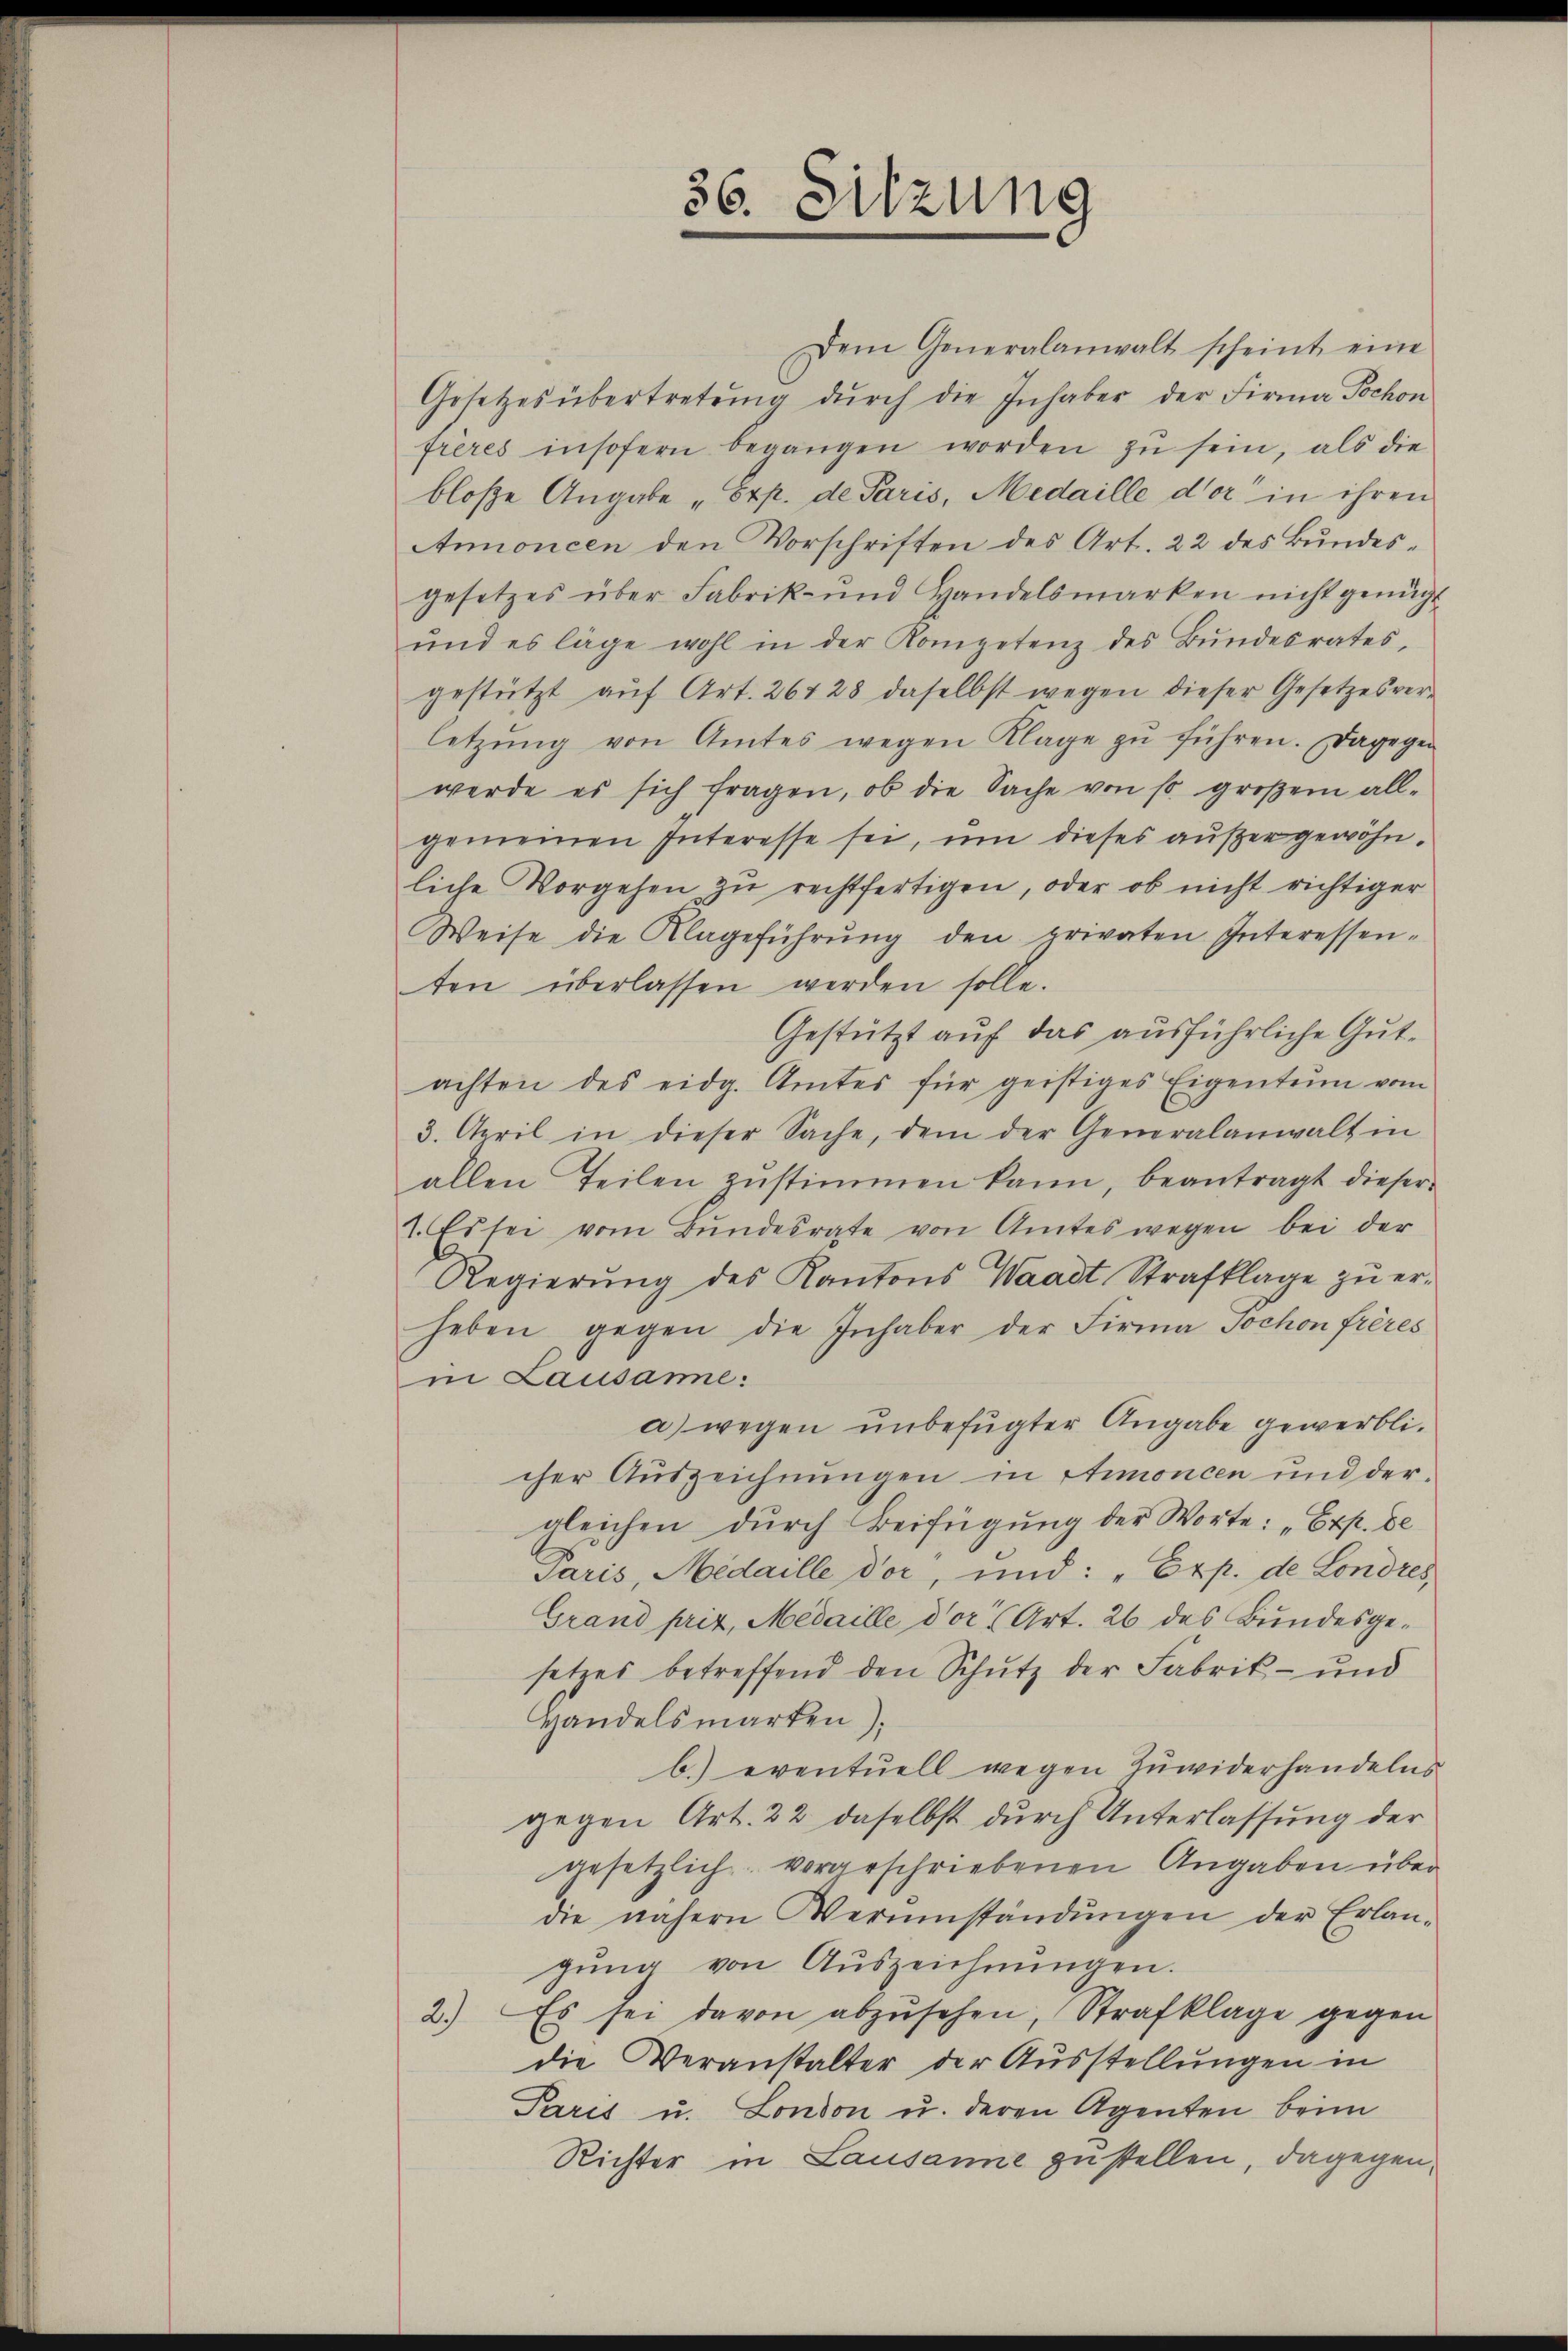
Dem Generalanwalt scheint eine
Gesetzes übertretŭng dŭrch die Inhaber der Firma Hochon
frères insofern begangen worden zŭ sein, als die
bloße Angabe „Exp. de Paris, Medaille der in ihren
Annoncen den Vorschriften des Art. 22 des Bŭndes-
gesetzes über Fabrik- und Handelsmarken nicht genügt
ŭnd es läge wohl in der Kompetenz des Bŭndesrates,
gestützt aŭf Art. 267 28 daselbst wegen dieser Gesetzesver-
letzŭng von Amtes wegen Klage zŭ führen. Dagegen
werde es sich fragen, ob die Sache von so großem all-
gemeinen Interesse sei, um dieses außergewöhnliche Vorgehen zu rechtfertigen, oder ob nicht richtiger
Weise die Klageführŭng den privaten Interessen-
ten überlassen werden solle.
Gestützt auf das ausführliche Gutachten des eidg. Amtes für geistiges Eigentum vom
3. April in dieser Sache, dem der Generalanwalt in
allen Teilen zŭstimmen kann, beantragt dieser
1. Es sei vom Bŭndesrate von Amtes wegen bei der
Regierŭng des Kantons Waadt Strafklage zŭ er-
heben gegen die Inhaber der Firma Jochon frères
in Lausame:
a) wegen unbefugter Angabe gewerbli-
cher Auszeichnungen in Amoncen und dergleichen dŭrch Beifügŭng der Worte: „Exp. de
Paris, Medaille dor, und: „Exp. de Londres
Grand prix, Medaille dort Art. 26 des Bundesgesetzes betreffend den Schutz der Fabrik- und
Handelsmarken).
b.) eventuell wegen Zuwiderhandelns
gegen Art. 22 daselbst durch Unterlassung der
gesetzlich vorgeschriebenen Angaben über
die nähern Verumständŭngen der Erlan-
gŭng von Auszeichnŭngen.
2.) Es sei davon abzŭsehen, Strafklage gegen
die Veranstalter der Ausstellungen in
Paris u. London u. deren Agenten beim
Richter in Lausanne zustellen, dagegen¬

36. Sitzung